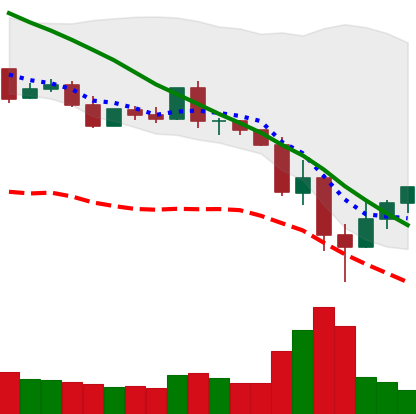
Ticker: XLM-USD
Chart end date: 2022-05-15
Forward return: -12.36%
Label: down_7plus